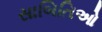
સાબિતિઓ